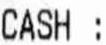
CASH :